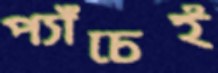
প্যাঁচেই